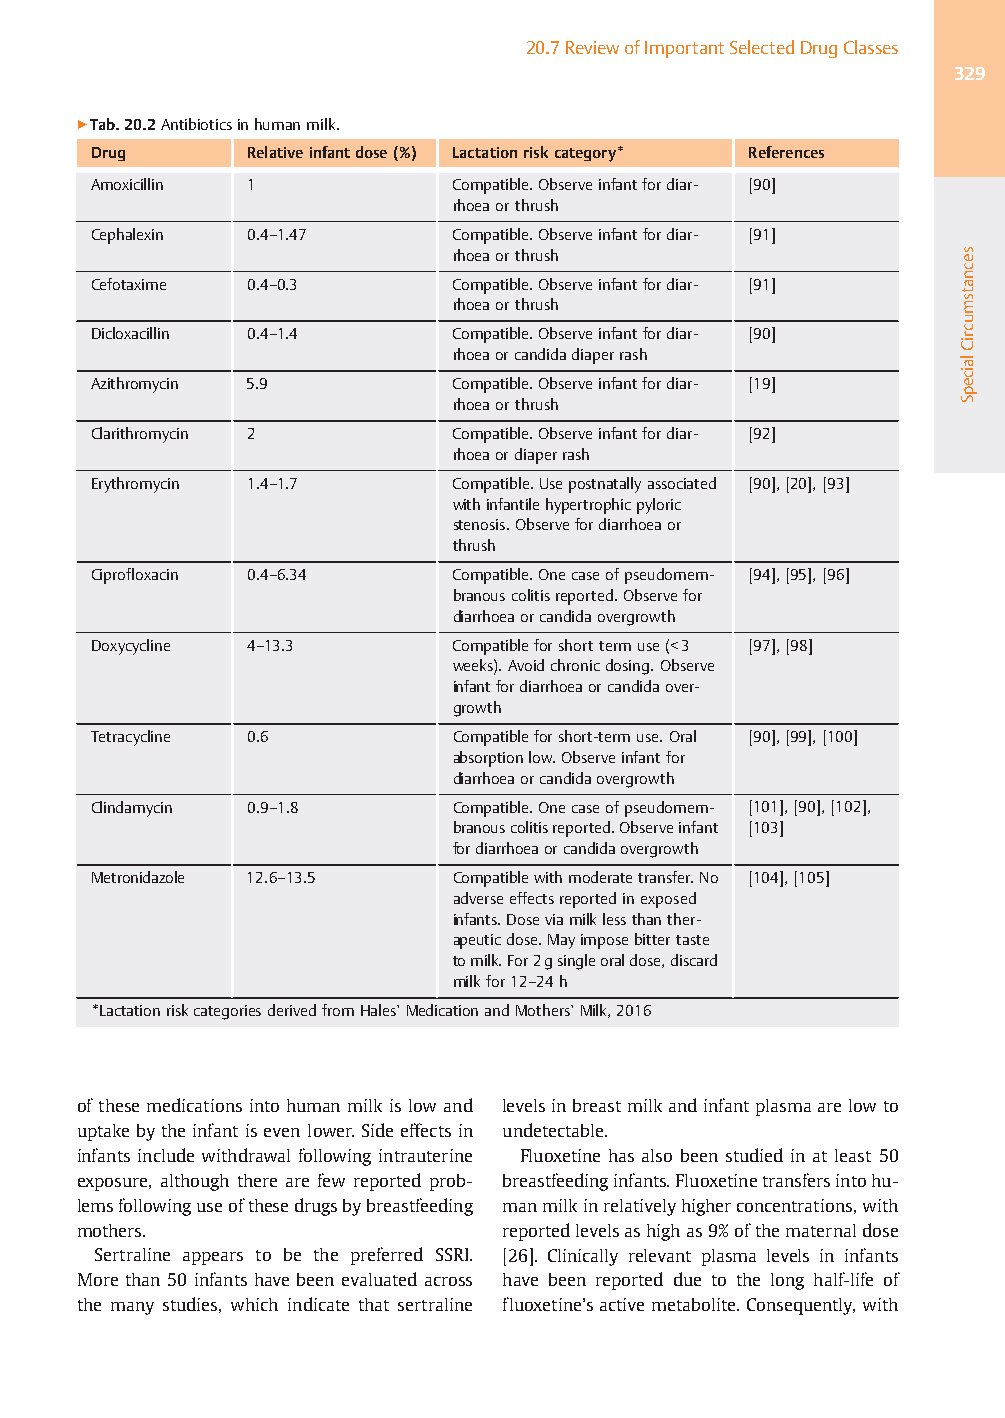
20.7ReviewofImportantSelectedDrugClasses
 329
 ▶Tab.20.2Antibioticsinhumanmilk.
 Drug       Relativeinfantdose(%) Lactationriskcategory* References
 Amoxicillin 1           Compatible.Observeinfantfordiar- [90]
 rhoeaorthrush
 Cephalexin 0.4–1.47     Compatible.Observeinfantfordiar- [91]
 rhoeaorthrush
 Cefotaxime 0.4–0.3      Compatible.Observeinfantfordiar- [91]
 rhoeaorthrush
 Dicloxacillin 0.4–1.4   Compatible.Observeinfantfordiar- [90]
 rhoeaorcandidadiaperrash
 Azithromycin 5.9        Compatible.Observeinfantfordiar- [19]
 rhoeaorthrush
 Clarithromycin 2        Compatible.Observeinfantfordiar- [92]
 rhoeaordiaperrash
 Erythromycin 1.4–1.7    Compatible.Usepostnatallyassociated [90],[20],[93]
 withinfantilehypertrophicpyloric
 stenosis.Observefordiarrhoeaor
 thrush
 Ciprofloxacin 0.4–6.34  Compatible.Onecaseofpseudomem- [94],[95],[96]
 branouscolitisreported.Observefor
 diarrhoeaorcandidaovergrowth
 Doxycycline 4–13.3      Compatibleforshorttermuse(<3 [97],[98]
 weeks).Avoidchronicdosing.Observe
 infantfordiarrhoeaorcandidaover-
 growth
 Tetracycline 0.6        Compatibleforshort-termuse.Oral [90],[99],[100]
 absorptionlow.Observeinfantfor
 diarrhoeaorcandidaovergrowth
 Clindamycin 0.9–1.8     Compatible.Onecaseofpseudomem- [101],[90],[102],
 branouscolitisreported.Observeinfant [103]
 fordiarrhoeaorcandidaovergrowth
 Metronidazole 12.6–13.5 Compatiblewithmoderatetransfer.No [104],[105]
 adverseeffectsreportedinexposed
 infants.Doseviamilklessthanther-
 apeuticdose.Mayimposebittertaste
 tomilk.For2gsingleoraldose,discard
 milkfor12–24h
 *LactationriskcategoriesderivedfromHales’MedicationandMothers’Milk,2016
 of these medicationsinto humanmilk is lowand levelsinbreastmilkandinfantplasmaarelowto
 uptakebytheinfant isevenlower.Sideeffectsin undetectable.
 infants include withdrawal following intrauterine Fluoxetine has also been studied in at least 50
 exposure, although there are few reported prob- breastfeedinginfants.Fluoxetinetransfersintohu-
 lemsfollowinguseofthesedrugsbybreastfeeding manmilkinrelativelyhigherconcentrations,with
 mothers.                    reportedlevelsashighas9%ofthematernaldose
 Sertraline appears to be the preferred SSRI. [26]. Clinically relevant plasma levels in infants
 More than 50 infants have been evaluated across have been reported due to the long half-life of
 the many studies, which indicate that sertraline fluoxetine’sactive metabolite.Consequently,with
 secnatsmucriClaicepS